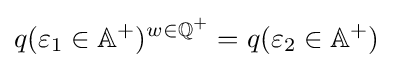
q(\varepsilon _{1}\in \mathbb {A} ^{+})^{w\in \mathbb {Q^{+}} }=q(\varepsilon _{2}\in \mathbb {A} ^{+})